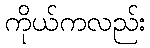
ကိုယ်ကလည်း